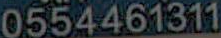
0554461311